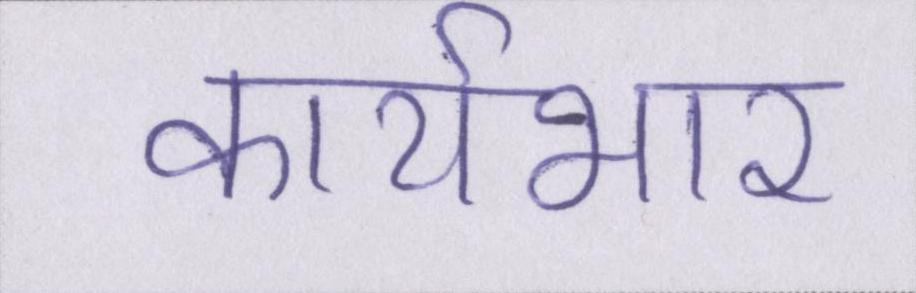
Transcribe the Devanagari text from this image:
कार्यभार